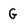
Character: G